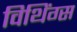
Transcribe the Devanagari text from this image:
विथिंग्स